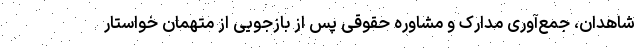
شاهدان‌، جمع‌آوری مدارک و مشاوره حقوقی پس از بازجویی از متهمان خواستار